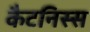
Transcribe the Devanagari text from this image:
कैटनिस्स